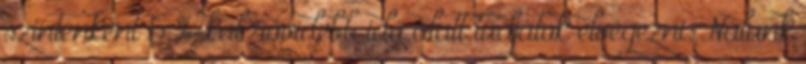
szintenként 5 %-kal rövidebb idő alatt tudjátok elvégezni. Nálunk